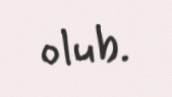
olub.